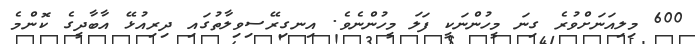
600 މިލިއަނަށްވުރެ ގިނަ މީހުންނަކީ ފަލަ މީހުންނެވެ. އިނގިރޭސިވިލާތުގައި ދިރިއުޅޭ އާބާދީގެ ކޮންމެ